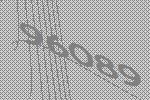
96089